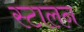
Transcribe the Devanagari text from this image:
स्टालन